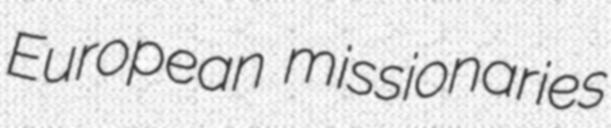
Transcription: European missionaries